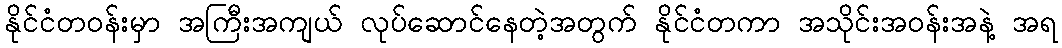
နိုင်ငံတဝန်းမှာ အကြီးအကျယ် လုပ်ဆောင်နေတဲ့အတွက် နိုင်ငံတကာ အသိုင်းအဝန်းအနဲ့ အရ